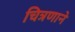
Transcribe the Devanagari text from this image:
चित्रणाने